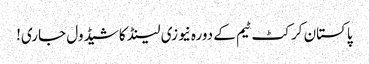
پاکستان کرکٹ ٹیم کے دورہ نیوزی لینڈ کا شیڈول جاری!